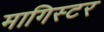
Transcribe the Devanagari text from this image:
मागिस्टर